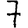
Digit: 7